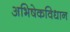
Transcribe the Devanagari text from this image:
अभिषेकविधान